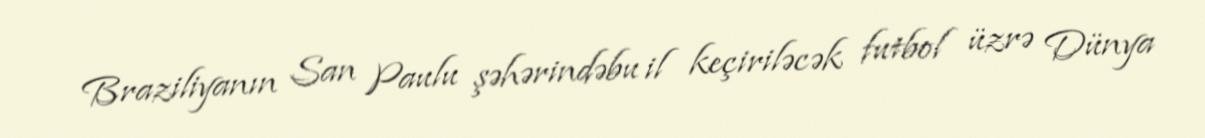
Braziliyanın San Paulu şəhərindəbu il keçiriləcək futbol üzrə Dünya